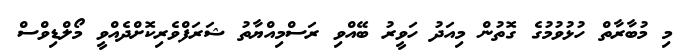
މި މުބާރާތް ހުޅުވުމުގެ ގޮތުން މިއަދު ހަވީރު ބޭއްވި ރަސްމިއްޔާތު ޝަރަފްވެެރިކޮށްދެއްވީ މޯލްޑިވްސް